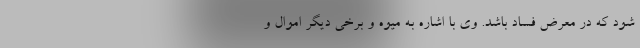
شود که در معرض فساد باشد. وی با اشاره به میوه و برخی دیگر اموال و